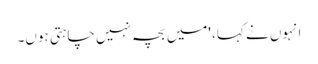
انہوں نے کہا، 'میں بچہ نہیں چاہتی ہوں۔